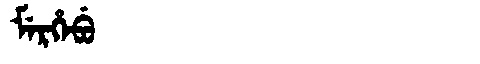
Manchu: ᠮᡝᡵᡥᡝᠪᡠ
Romanization: MERHEBU